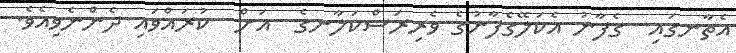
އެތާނގައި  ގެފާނު އެކަލޭގެފާނުގެ ވެރިރަސްކަލާނގެ  އަށް  ކުރައްވައި ދެންނެވިއެވެ.